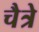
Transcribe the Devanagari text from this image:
चैत्रे